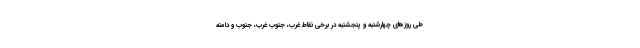
طی روزهای چهارشنبه و پنجشنبه در برخی نقاط غرب، جنوب غرب، جنوب و دامنه